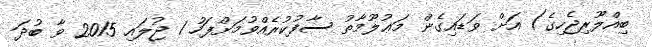
ބިއްލޫރިޖެހިގެ) އަށް ވަޑައިގެން މަޢުލޫމާތު ސާފުކުރެއްވުމަށްފަހު 1 ޖުލައި 2015 ވާ ބުދަ